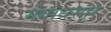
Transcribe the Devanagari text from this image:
गंगाधरपुर